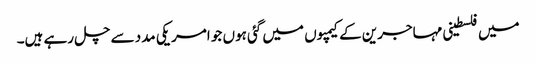
میں فلسطینی مہاجرین کے کیمپوں میں گئی ہوں جو امریکی مدد سے چل رہے ہیں۔